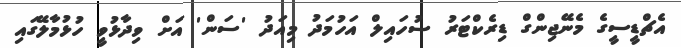
އެޗްޑީސީގެ މެނޭޖިންގް ޑިރެކްޓަރު ސުހައިލް އަހުމަދު މިއަދު 'ސަން' އަށް ވިދާޅުވީ ހުޅުމާލޭގައި